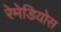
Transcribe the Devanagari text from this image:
रेमेडियोस